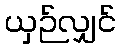
ယှဉ်လျှင်